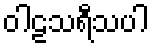
ဝါဠသရီသပါ